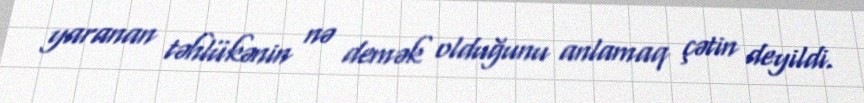
yaranan təhlükənin nə demək olduğunu anlamaq çətin deyildi.